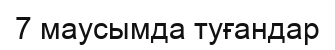
7 маусымда туғандар